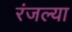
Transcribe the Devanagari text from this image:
रंजल्या